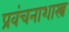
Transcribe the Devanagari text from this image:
प्रवंचनाशास्त्र